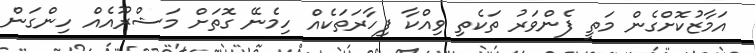
އަމާޒުކޮށްގެން މަތީ ފެންވަރު ތަކެތި ވިއްކާ ފިހާރަތަކެއް ހިމެނޭ ގޮތަށް މަޝްރޫއެއް ހިންގަން